Vaccination in Bombay 1902-1912 - 1902-1912
Year: 1902
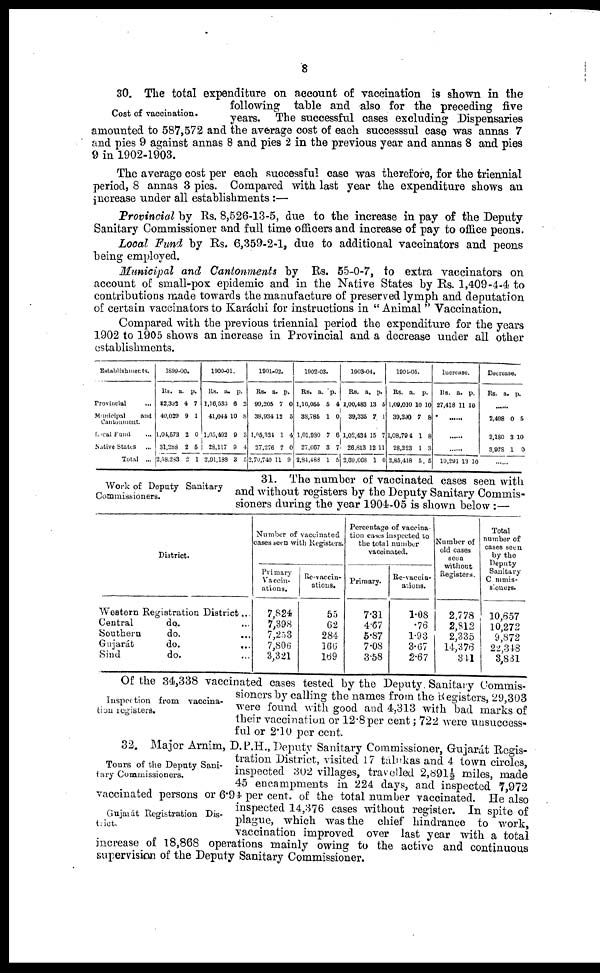
8
Cost of vaccination.
30. The total expenditure on account of vaccination is shown in the
following table and also for the preceding five
years. The successful cases excluding Dispensaries
amounted to 587,572 and the average cost of each successsul case was annas 7
and pies 9 against annas 8 and pies 2 in the previous year and annas 8 and pies
9 in 1902-1903.
The average cost per each successful case was therefore, for the triennial
period, 8 annas 3 pies. Compared with last year the expenditure shows an
increase under all establishments :—
Provincial by Rs. 8,526-13-5, due to the increase in pay of the Deputy
Sanitary Commissioner and full time officers and increase of pay to office peons.
Local Fund by Rs. 6,359-2-1, due to additional vaccinators and peons
being employed.
Municipal and Cantonments by Rs. 55-0-7, to extra vaccinators on
account of small-pox epidemic and in the Native States by Rs. 1,409-4-4 to
contributions made towards the manufacture of preserved lymph and deputation
of certain vaccinators to Karachi for instructions in "Animal" Vaccination.
Compared with the previous triennial period the expenditure for the years
1902 to 1905 shows an increase in Provincial and a decrease under all other
establishments.
Establishments.
Provincial
...
Municipal
and
Cantonment.
Local Fund ...
Native States ...
Total ...
1899-00.
Rs.
82,332
40,029
1,04,573
31,288
2,58,283
a.
4
9
2
2
2
p.
7
1
0
5
1
1900-01.
Rs.
1,16,533
41,041
1,05,492
28,117
2,01,188
a.
6
10
9
9
3
p.
2
8
3
4
5
1901-02.
Rs.
99,205
38,934
1,15,324
27,276
2,70,740
a.
7
12
1
7
11
p.
0
5
4
0
9
1902-03.
Rs.
1,10,065
38,785
1,01,980
27,667
2,84,488
a.
5
1
7
3
1
p.
4
0
8
7
5
1903-04.
Rs.
1,00,483
39,335
1,02,434
26,813
2,69,068
a.
13
7
15
12
1
p.
5
1
7
11
0
1904-05.
Rs.
1,09,010
39,390
1,08,794
28,223
2,85,418
a.
10
7
1
1
5
p.
10
8
8
3
5
Increase.
Rs.
27,418
a.
11
p.
10
......
......
......
19,291 13 10
Decrease.
Rs.
a. p.
2,498
2,180
3,978
0
3
1
5
10
0
...
Work of Deputy Sanitary
Commissioners.
31. The number of vaccinated cases seen with
and without registers by the Deputy Sanitary Commis-
sioners during the year 1904-05 is shown below :—
District.
Western Registration District...
Central
do. ...
Southern
do.
...
Gujarat
do.
...
Bind
do. ...
Number of vaccinated
cases seen with Registers.
Primary
Vaccin-
ations.
7,824
7,398
7,253
7,806
3,321
Re-vaccin¬
ations.
55
62
284
166
169
Percentage of vaccina-
tion cases inspected to
the total number
vaccinated.
Primary.
7.31
4.67
5.87
7.08
3.58
Re-vaccin¬
ations.
1.08
.76
1.93
3.67
2.67
Number of
old cases
seen
without
Registers.
2,778
2,812
2,335
14,376
341
Total
number of
cases seen
by the
Deputy
Sanitary
Commis¬
sioners.
10,657
10,272
9,872
22,348
3,831
Inspection from vaccina¬
tion registers.
Of the 34,338 vaccinated cases tested by the Deputy Sanitary Commis-
sioners by calling the names from the Registers, 29,303
were found with good and 4,313 with bad marks of
their vaccination or 12.8per cent; 722 were unsuccess-
ful or 2.10 per cent.
Tours of the Deputy Sani-
tary Commissioners.
Gujarát Registration Dis-
trict.
32. Major Arnim, D. P.H., Deputy Sanitary Commissioner, Gujarát Regis-
tration District, visited 17 tálukas and 4 town circles,
inspected 302 villages, travelled 2,891½ miles, made
45 encampments in 224 days, and inspected 7,972
vaccinated persons or 6.94 per cent. of the total number vaccinated. He also
inspected 14,376 cases without register. In spite of
plague, which was the chief hindrance to work,
vaccination improved over last year with a total
increase of 18,868 operations mainly owing to the active and continuous
supervision of the Deputy Sanitary Commissioner.